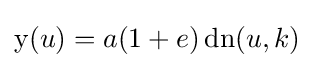
\operatorname {y} (u)=a(1+e)\operatorname {dn} (u,k)